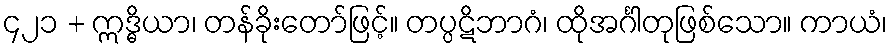
၄၂၁ + ဣဒ္ဓိယာ၊ တန်ခိုးတော်ဖြင့်။ တပ္ပဋိဘာဂံ၊ ထိုအင်္ဂါတုဖြစ်သော။ ကာယံ၊